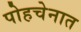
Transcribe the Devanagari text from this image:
पोहचेनात